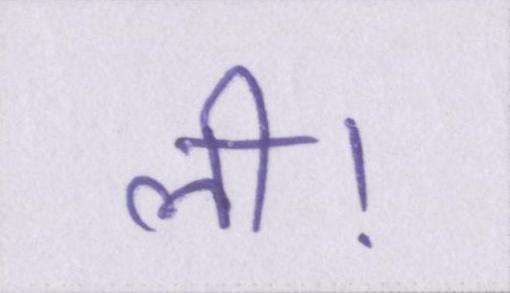
ली।